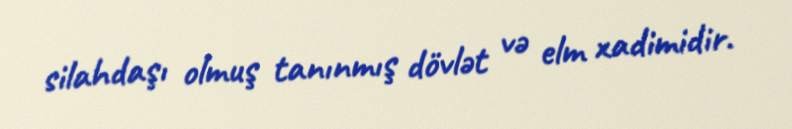
silahdaşı olmuş tanınmış dövlət və elm xadimidir.